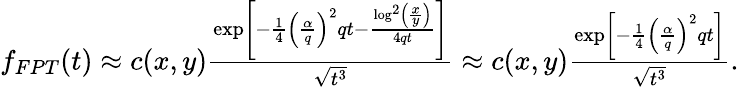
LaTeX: \begin{array}{r}{f_{FPT}(t)\approx c(x,y)\frac{\exp\left[-\frac{1}{4}\left(\frac{\alpha}{q}\right)^{2}qt-\frac{\log^{2}\left(\frac{x}{y}\right)}{4qt}\right]}{\sqrt{t^{3}}}\approx c(x,y)\frac{\exp\left[-\frac{1}{4}\left(\frac{\alpha}{q}\right)^{2}qt\right]}{\sqrt{t^{3}}}.}\end{array}